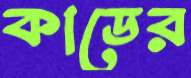
কাডের